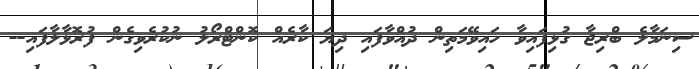
ސިނަމާލެ ބްރިޖާ ގުޅިފައިވާ ހައިވޭމަތިން ދުއްވާފައި ދިޔަ ކާރެއް ކޮންޓްރޯލު ނުކުރެވިގެން ފުރޮޅާލާފައި--